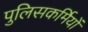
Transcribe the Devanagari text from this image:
पुलिसकर्मियों